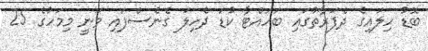
ބޮޑު ހިލައިގެ ދެފަރާތުގައި ބަހައްޓާ ކުޑަ ދެހިލަ ގެނެސްފައި ވަނީ މިމަހުގެ 25